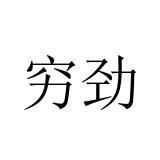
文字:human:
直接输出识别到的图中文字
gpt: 穷劲